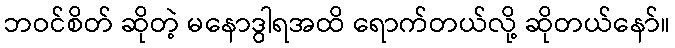
ဘဝင်စိတ် ဆိုတဲ့ မနောဒွါရအထိ ရောက်တယ်လို့ ဆိုတယ်နော်။